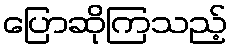
ပြောဆိုကြသည့်